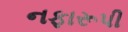
નફારૂપી